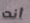
أنت